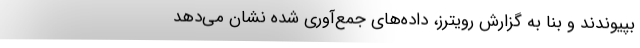
بپیوندند و بنا به‌ گزارش رویترز، داده‌های جمع‌آوری‌ شده‌ نشان می‌دهد